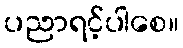
ပညာရင့်ပါစေ။